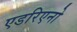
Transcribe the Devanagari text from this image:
एडरिएनो